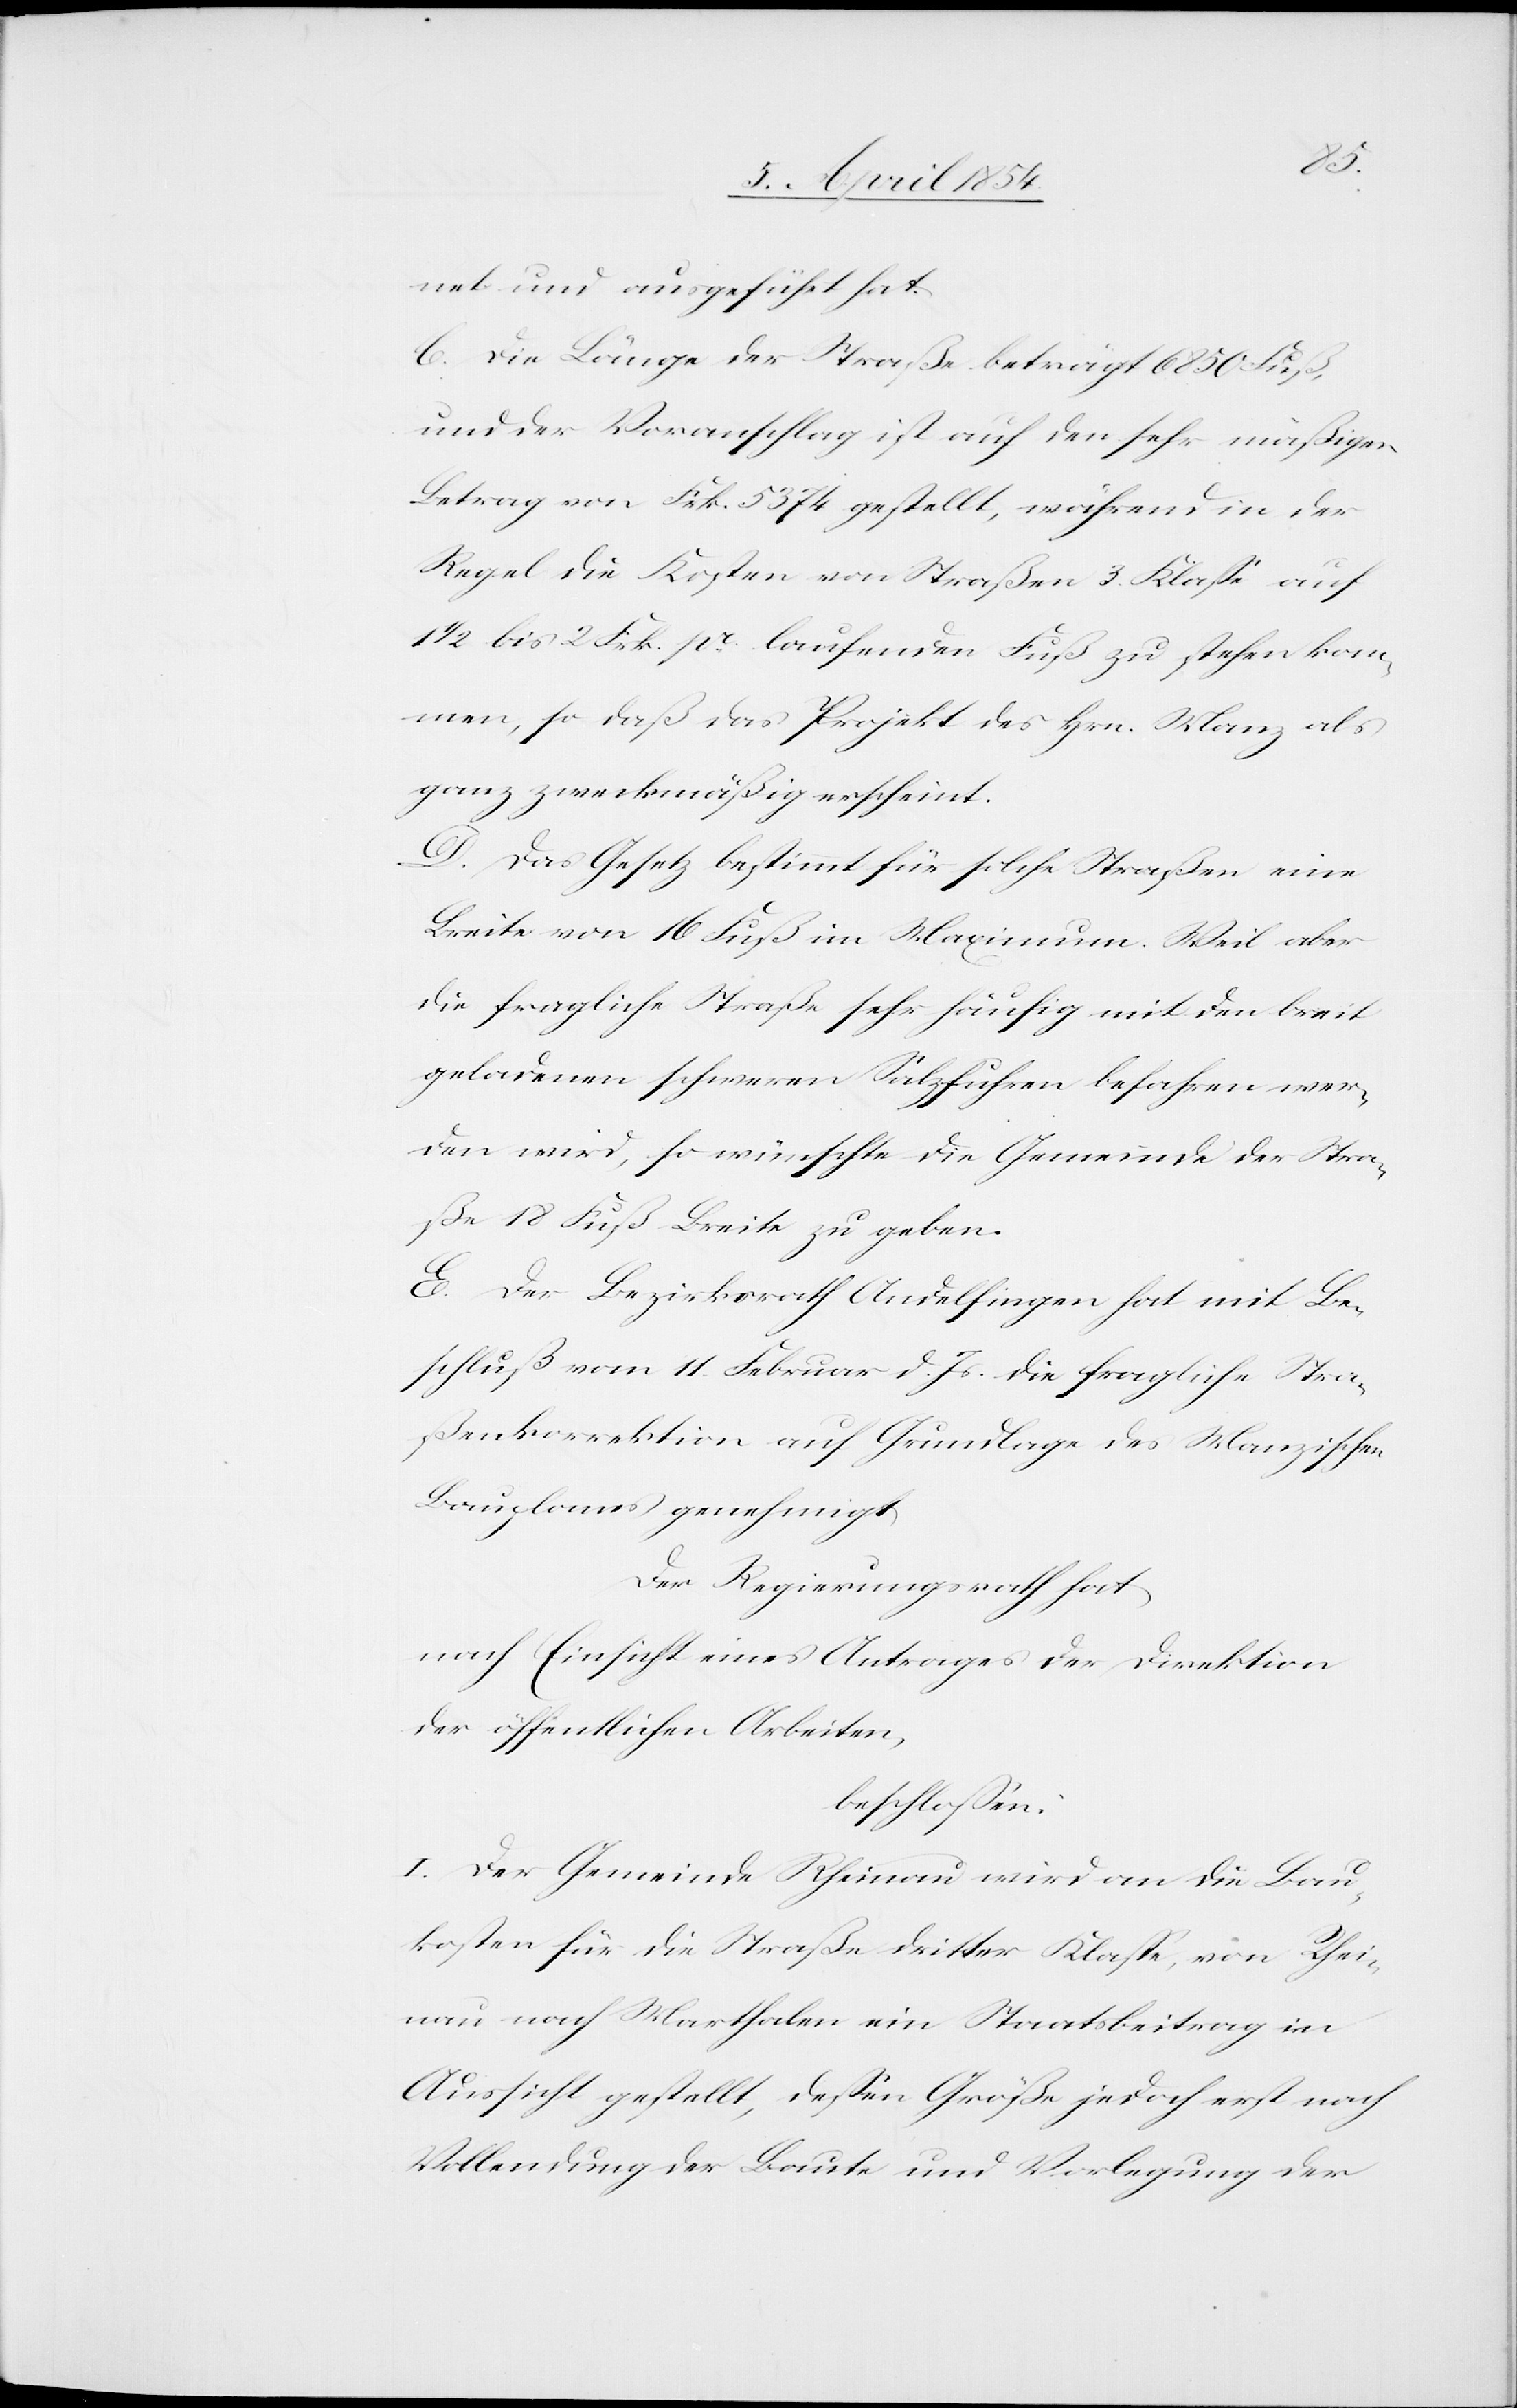
net und ausgeführt hat.
C. Die Länge der Straße beträgt 6850 Fuß,
und der Voranschlag ist auf den sehr mäßigen
Betrag von Frk. 5374 gestellt, während in der
Regel die Kosten von Straßen 3. Klaße auf
1/2 bis 2 Frk. pr. laufenden Fuß zu stehen kom¬
men, so daß das Projekt des Hrn. Manz als
ganz zweckmäßig erscheint.
D. Das Gesetz bestimmt für solche Straßen eine
Breite von 16 Fuß im Maximum. Weil aber
die fragliche Straße sehr häufig mit den breit
geladenen schweren Salzfuhren befahren wer¬
den wird, so wünschte die Gemeinde der Stra¬
ße 18 Fuß Breite zu geben.
E. Der Bezirksrath Andelfingen hat mit Be¬
schluß vom 11. Februar d. Js. die fragliche Stra¬
ßenkorrektion auf Grundlage des Manzischen
Bauplanes genehmigt.
Der Regierungsrath hat,
nach Einsicht eines Antrages der Direktion
der öffentlichen Arbeiten,
beschloßen:
I. Der Gemeinde Rheinau wird an die Bau¬
kosten für die Straße dritter Klaße, von Rhei¬
nau nach Marthalen ein Staatsbeitrag in
Aussicht gestellt, deßen Größe jedoch erst nach
Vollendung der Baute und Vorlegung der